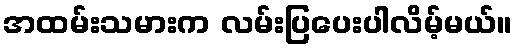
အထမ်းသမားက လမ်းပြပေးပါလိမ့်မယ်။